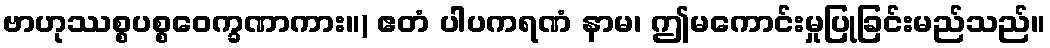
ဗာဟုဿစ္စပစ္စဝေက္ခဏာကား။) ဧတံ ပါပကရဏံ နာမ၊ ဤမကောင်းမှုပြုခြင်းမည်သည်။